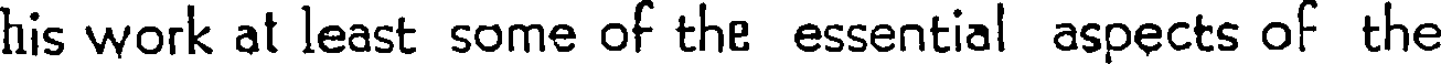
his work at least some of the essential aspects of the